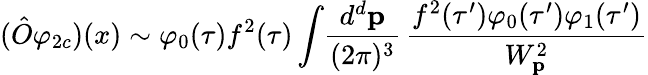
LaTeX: (\hat{O}\varphi_{2c})(x)\sim\varphi_{0}(\tau)f^{2}(\tau)\int\! {\frac{d^{d}{\mathbf p}}{(2\pi)^{3}}}\, {\frac{f^{2}(\tau^{\prime})\varphi_{0}(\tau^{\prime})\varphi_{1}(\tau^{\prime})}{W_{\mathbf p}^{2}}}